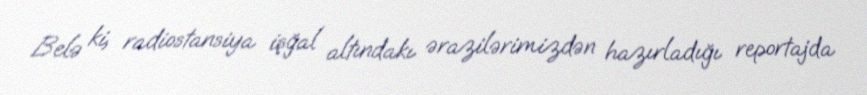
Belə ki, radiostansiya işğal altındakı ərazilərimizdən hazırladığı reportajda